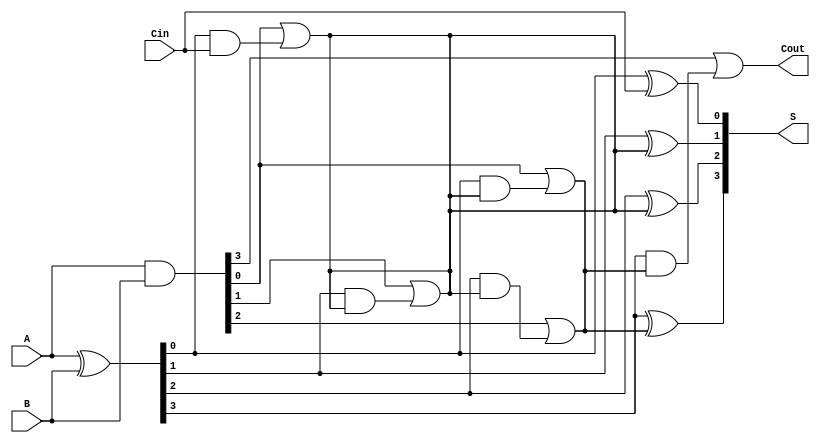
module SklanskyAdder #(parameter n = 4) (
    input  [n-1:0] A,
    input  [n-1:0] B,
    input          Cin,
    output [n-1:0] S,
    output         Cout
);

    // Generate and Propagate signals
    wire [n-1:0] G; // Generate signals
    wire [n-1:0] P; // Propagate signals
    wire [n:0] C;   // Carry signals

    // Generate and Propagate calculations
    assign G = A & B;      // G[i] = A[i] & B[i]
    assign P = A ^ B;      // P[i] = A[i] ^ B[i]

    // Carry calculations
    assign C[0] = Cin; // Initial carry input

    // Level 1 Carry
    genvar i;
    generate
        for (i = 0; i < n; i = i + 1) begin : level1
            assign C[i + 1] = G[i] | (P[i] & C[i]);
        end
    endgenerate

    // Higher level carries (tree structure)
    generate
        for (i = 0; i < n/2; i = i + 1) begin : level2
            assign C[n/2 + i] = G[2*i] | (P[2*i] & C[i]);
        end
    endgenerate

    generate
        for (i = 0; i < n/4; i = i + 1) begin : level3
            assign C[n/4 + i + n/2] = G[4*i] | (P[4*i] & C[n/2 + i]);
        end
    endgenerate

    // Final carry output
    assign Cout = C[n];

    // Sum calculation
    generate
        for (i = 0; i < n; i = i + 1) begin : sum
            assign S[i] = P[i] ^ C[i]; // S[i] = P[i] ^ C[i-1]
        end
    endgenerate

endmodule